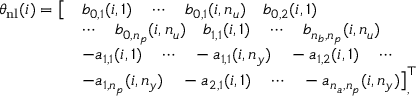
\begin{array} { r l } { \theta _ { \mathrm { n l } } ( i ) = \big [ } & { b _ { 0 , 1 } ( i , 1 ) \quad \cdots \quad b _ { 0 , 1 } ( i , n _ { u } ) \quad b _ { 0 , 2 } ( i , 1 ) \quad } \\ & { \cdots \quad b _ { 0 , n _ { p } } ( i , n _ { u } ) \quad b _ { 1 , 1 } ( i , 1 ) \quad \cdots \quad b _ { n _ { b } , n _ { p } } ( i , n _ { u } ) } \\ & { - a _ { 1 , 1 } ( i , 1 ) \quad \cdots \quad - a _ { 1 , 1 } ( i , n _ { y } ) \quad - a _ { 1 , 2 } ( i , 1 ) \quad \cdots \quad } \\ & { - a _ { 1 , n _ { p } } ( i , n _ { y } ) \quad - a _ { 2 , 1 } ( i , 1 ) \quad \cdots \quad - a _ { n _ { a } , n _ { p } } ( i , n _ { y } ) \big ] _ { , } ^ { \top } } \end{array}